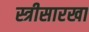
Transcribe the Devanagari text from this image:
स्त्रीसारखा